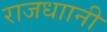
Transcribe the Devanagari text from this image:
राजधाानी